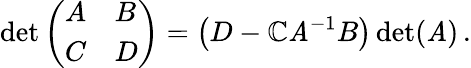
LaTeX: \operatorname*{det}{\left(\begin{array}{ll}{A}&{B}\\ {C}&{D}\end{array}\right)}=\left(D-\mathbb{C}\mathit{A}^{-1}B\right)\operatorname*{det}(\mathit{A})\, .